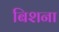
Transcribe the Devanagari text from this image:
बिशना